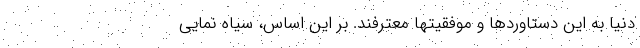
دنیا به این دستاوردها و موفقیتها معترفند. بر این اساس، سیاه نمایی